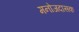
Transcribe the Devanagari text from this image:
मनोजदासक